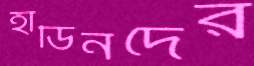
হাডিনদের